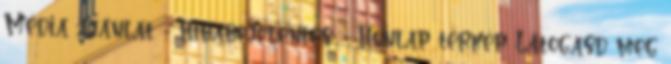
Média ajánlat - Hibabejelentés - Honlap térkép Látogasd meg